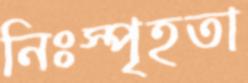
নিঃস্পৃহতা